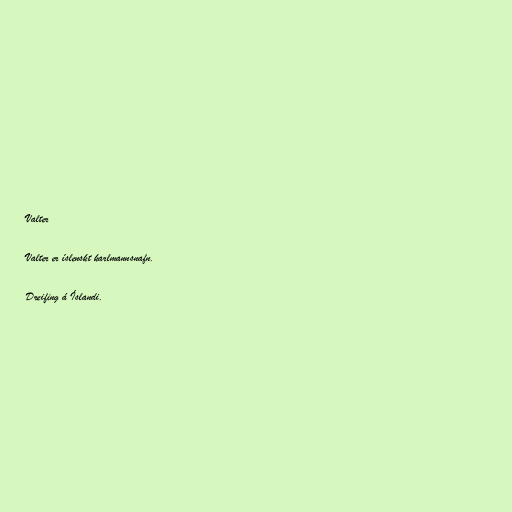
Valter

Valter er íslenskt karlmannsnafn.

Dreifing á Íslandi.